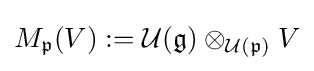
M_{\mathfrak {p}}(V):={\mathcal {U}}({\mathfrak {g}})\otimes _{{\mathcal {U}}({\mathfrak {p}})}V